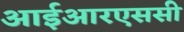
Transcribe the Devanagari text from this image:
आईआरएससी